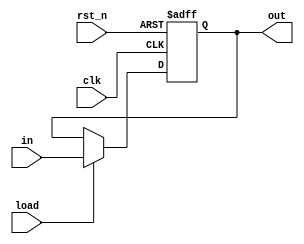
module dfflr #(
	parameter DW = 4
)(
	input clk,
	input rst_n,
	input load,
	input [DW-1:0] in,
	output [DW-1:0] out
    );
    	reg [DW-1:0] out_reg;
    	always@(posedge clk or negedge rst_n)  
    	begin
        	if(rst_n == 1'b0)
            		out_reg[DW-1:0] = {DW{1'b0}};
        	else if(load)
            		out_reg[DW-1:0] = in[DW-1:0];
        	else 
            		out_reg[DW-1:0] = out[DW-1:0];
   	 end
    	assign out[DW-1:0] = out_reg[DW-1:0];
endmodule

module verified_counter_12(
    input rst_n,
	input clk,
	input valid_count, 
	output [3:0] out
	);
	wire [3:0]count_nxt;
	wire [3:0]count_r;
    dfflr #(4) count(clk,rst_n,valid_count,count_nxt,count_r);
    assign out = count_r;
    assign count_nxt = (count_r==4'd12)?4'd12:count_r+4'b1;
       
endmodule